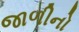
જાળીનો